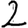
Digit: 2